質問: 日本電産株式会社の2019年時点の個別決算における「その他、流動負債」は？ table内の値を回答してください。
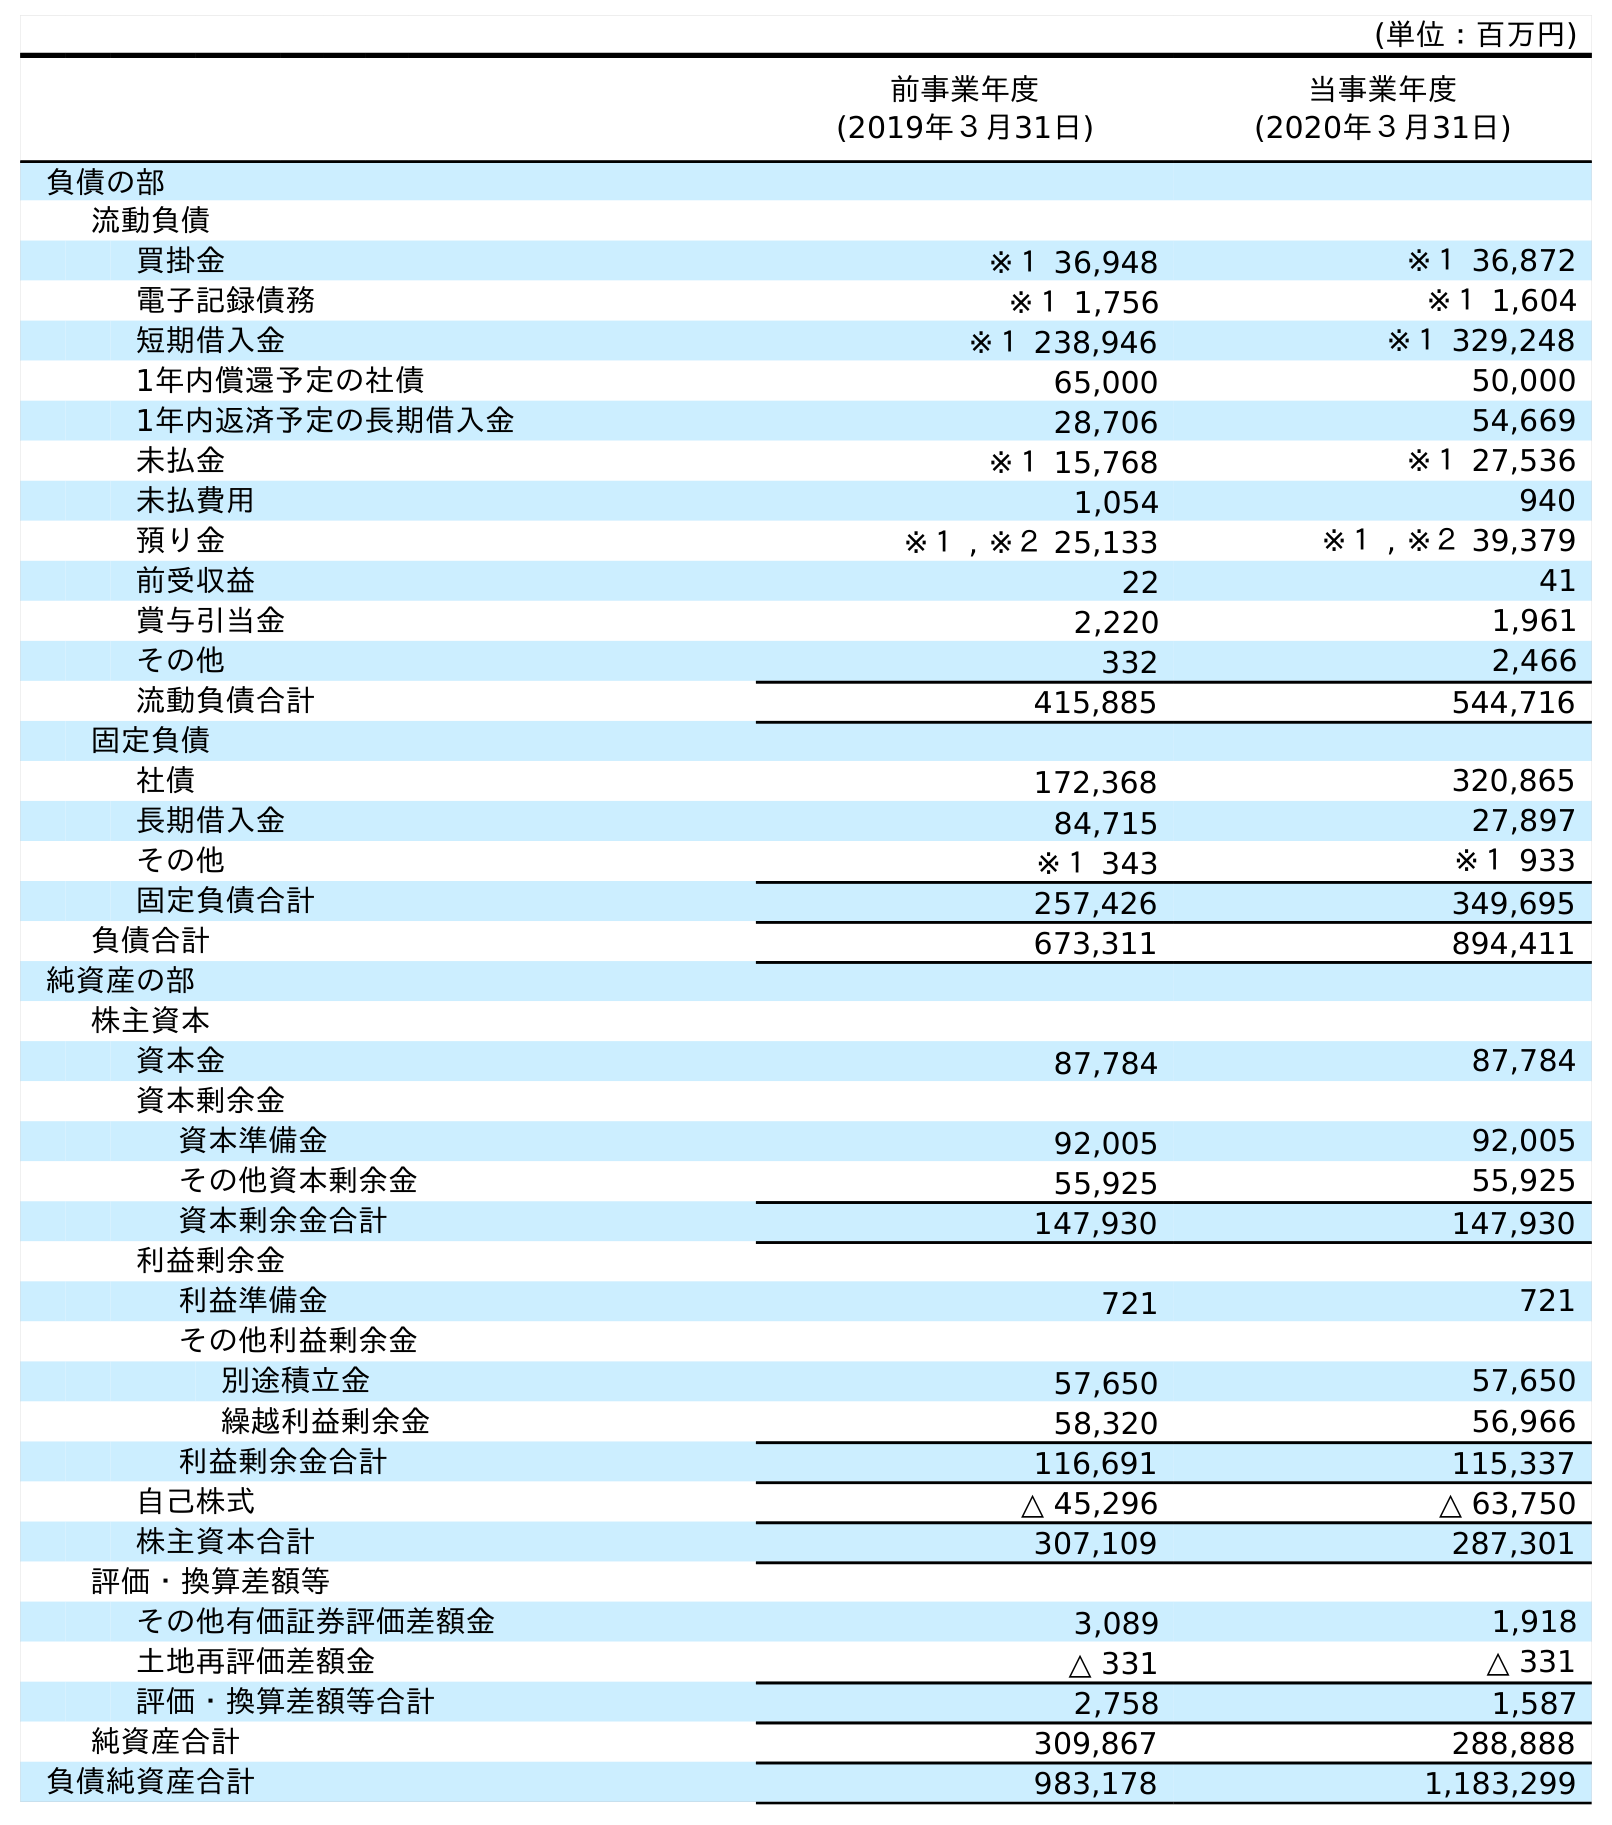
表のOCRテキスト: (単位：百万円) 前事業年度 (2019年３月31日) 当事業年度 (2020年３月31日) 負債の部 流動負債 買掛金 ※１ 36,948 ※１ 36,872 電子記録債務 ※１ 1,756 ※１ 1,604 短期借入金 ※１ 238,946 ※１ 329,248 1年内償還予定の社債 65,000 50,000 1年内返済予定の長期借入金 28,706 54,669 未払金 ※１ 15,768 ※１ 27,536 未払費用 1,054 940 預り金 ※１ , ※２ 25,133 ※１ , ※２ 39,379 前受収益 22 41 賞与引当金 2,220 1,961 その他 332 2,466 流動負債合計 415,885 544,716 固定負債 社債 172,368 320,865 長期借入金 84,715 27,897 その他 ※１ 343 ※１ 933 固定負債合計 257,426 349,695 負債合計 673,311 894,411 純資産の部 株主資本 資本金 87,784 87,784 資本剰余金 資本準備金 92,005 92,005 その他資本剰余金 55,925 55,925 資本剰余金合計 147,930 147,930 利益剰余金 利益準備金 721 721 その他利益剰余金 別途積立金 57,650 57,650 繰越利益剰余金 58,320 56,966 利益剰余金合計 116,691 115,337 自己株式 △ 45,296 △ 63,750 株主資本合計 307,109 287,301 評価・換算差額等 その他有価証券評価差額金 3,089 1,918 土地再評価差額金 △ 331 △ 331 評価・換算差額等合計 2,758 1,587 純資産合計 309,867 288,888 負債純資産合計 983,178 1,183,299
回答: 332